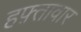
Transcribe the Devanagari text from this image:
हफ़्तावार